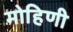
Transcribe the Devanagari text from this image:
मोहिणी